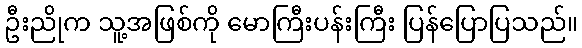
ဦးညိုက သူ့အဖြစ်ကို မောကြီးပန်းကြီး ပြန်ပြောပြသည်။